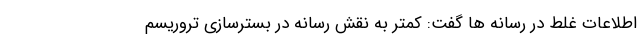
اطلاعات غلط در رسانه ها گفت: کمتر به نقش رسانه در بسترسازی تروریسم